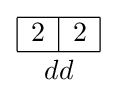
{{\begin{array}{|c|c|}\hline 2&2\\\hline \end{array}} \atop dd}